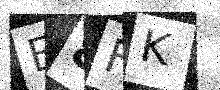
Text: E8FK